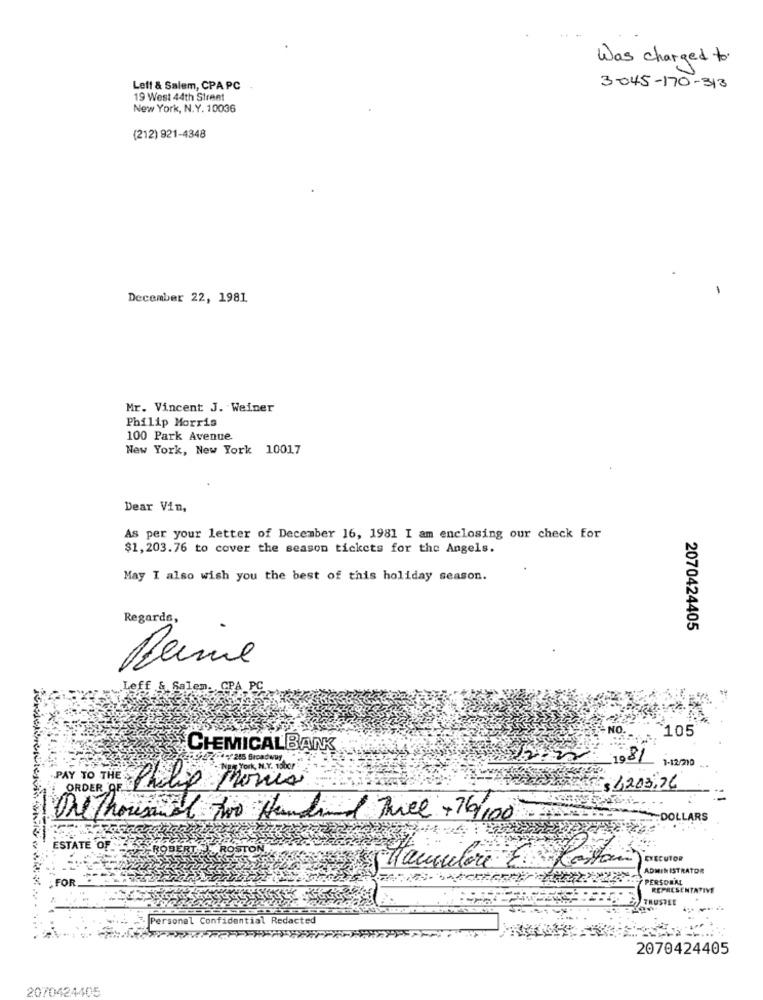
Was charged to
Leff & Salem, CPA PC
3-045-170-313
19 West 44th Street
New York, N.Y. 10036
(212) 921-4348
-
December 22, 1981.
Mr. Vincent J. Weiner
Philip Morris
100 Park Avenue
New York, New York 10017
Dear Vin,
As per your letter of December 16, 1981 I am enclosing our check for
$1,203.76 to cover the season tickets for the Angels.
May I also wish you the best of this holiday season.
Regards,
2070424405
Beine
`105
CHEMICALBANK
12
1981
1-12/210
York, M.Y. ister
PAY TO THES
ORDER OF
Philip Morris
$ 4203,76
One Thousand
with two Hundred Twee +76/100
OLLARS
ESTATE OF
EXECUTOR
Haciautore
ADMINISTRATO
FOR
PERSONAL
REPRESENTA
TRUSTEE
- Personal Confidential Redacted
2070424405
2070424405